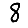
Digit: 8